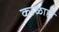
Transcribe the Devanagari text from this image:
काळाही